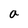
Character: a